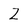
Character: z